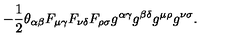
- \frac 1 2 \theta _ { \alpha \beta } F _ { \mu \gamma } F _ { \nu \delta } F _ { \rho \sigma } g ^ { \alpha \gamma } g ^ { \beta \delta } g ^ { \mu \rho } g ^ { \nu \sigma } .